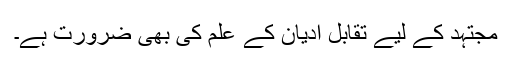
مجتہد کے لیے تقابل ادیان کے علم کی بھی ضرورت ہے۔